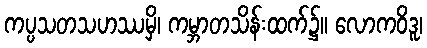
ကပ္ပသတသဟဿမှိ၊ ကမ္ဘာတသိန်းထက်၌။ လောကဝိဒူ၊